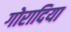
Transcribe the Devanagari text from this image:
गोरादिया